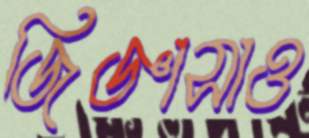
জিজ্ঞাসাও